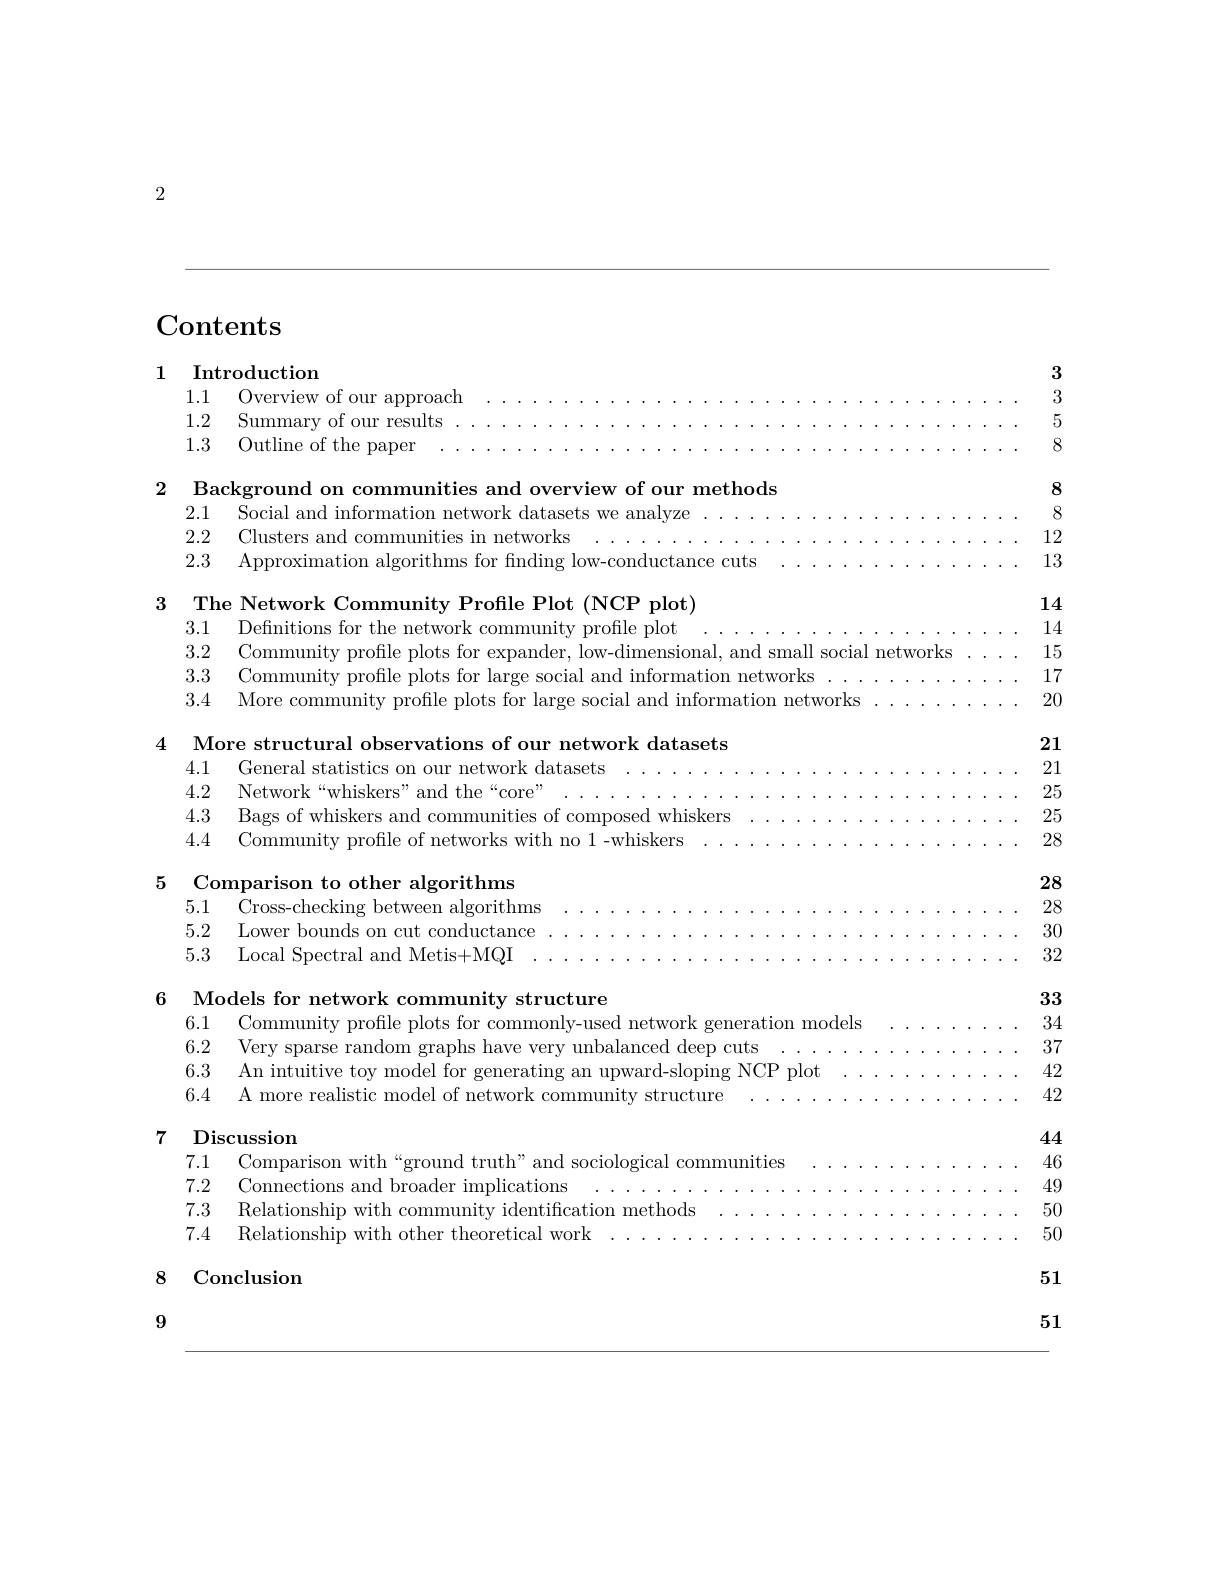
2

## Contents

3

1 Introduction

3

1.1

Overview of our approach

1.2

5

Summary of our results

1.3

8

Outline of the paper

8

2
Background on communities and overview of our methods
2.1 Social and information network datasets we analyze
8
2.2 Clusters and communities in networks
12
2.3 Approximation algorithms for fnding low-conductance cuts
13

3

The Network Community Profile Plot (NCP plot)

14

3.1
Defnitions for the network community profle plot
14
3.2 Community profile plots for expander, low-dimensional, and small social networks
15
3.3 Community profile plots for large social and information networks
17
3.4 More community profile plots for large social and information networks
20

4

21

4.1
General statistics on our network datasets
21
4.2 Network“whiskers”and the“core”
2525
4.3 Bags of whiskers and communities of composed whiskers
4.4
28
Community profile of networks with no 1-whiskers

More structural observations of our network datasets
5 Comparison to other algorithms
28
5.1
28
Cross-checking between algorithms 5.2 Lower bounds on cut conductance
30
5.3 Local Spectral and Metis+MQI
32

6

33

Models for network community structure

6.1
34
Community profle plots for commonly-used network generation models
6.2 Very sparse random graphs have very unbalanced deep cuts
37
6.3 An intuitive toy model for generating an upward-sloping NCP plot
42
6.4 A more realistic model of network community structure
42

### 7 Discussion 7.1

44
Comparison with“ground truth”and sociological communities
46
7.2 Connections and broader implications
49
7.3 Relationship with community identification methods
50
7.4 Relationship with other theoretical work
50

51

8 Conclusion

9

51